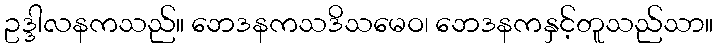
ဥဒ္ဒါလနကသည်။ ဘေဒနကသဒိသမေဝ၊ ဘေဒနကနှင့်တူသည်သာ။